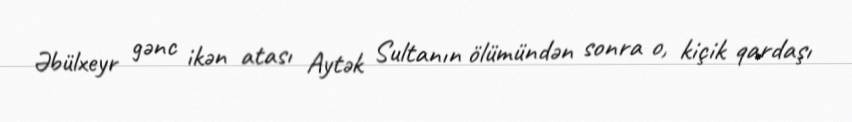
Əbülxeyr gənc ikən atası Aytək Sultanın ölümündən sonra o, kiçik qardaşı